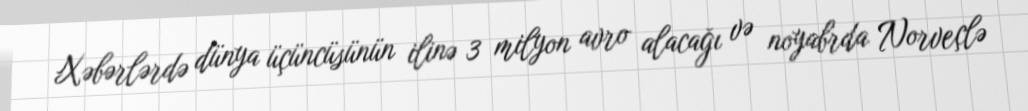
Xəbərlərdə dünya üçüncüsünün ilinə 3 milyon avro alacağı və noyabrda Norveçlə